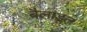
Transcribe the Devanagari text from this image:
बैलाडूल